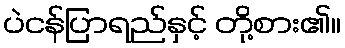
ပဲငန်ပြာရည်နှင့် တို့စား၏။